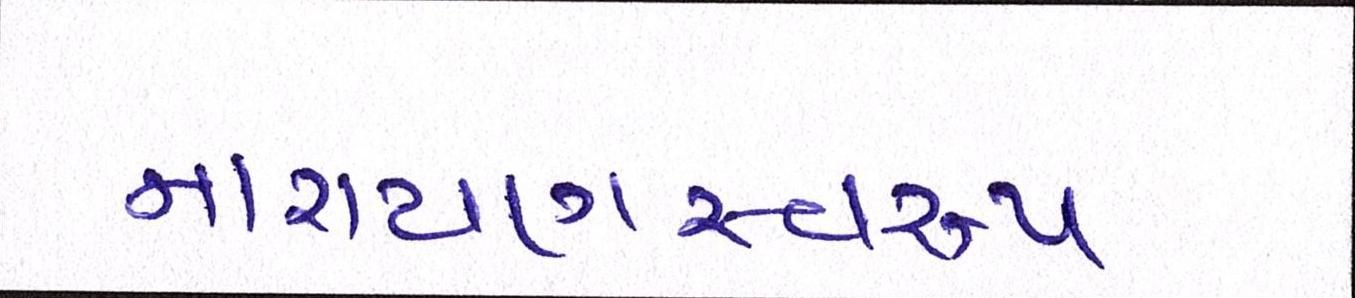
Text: નારાયણસ્વરૂપ